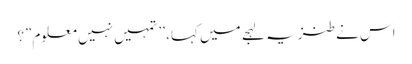
اس نے طنزیہ لہجے میں کہا، ’’تمہیں نہیں معلوم”؟